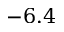
- 6 . 4